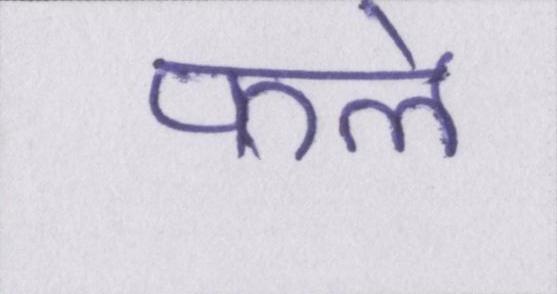
फले